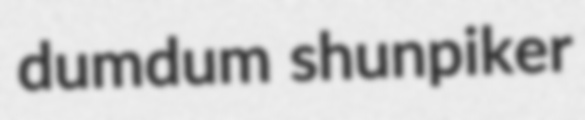
dumdum shunpiker